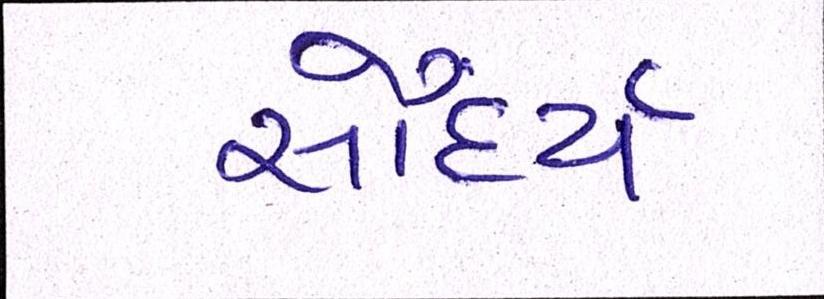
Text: સૌંદર્ય